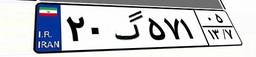
۲۰گ۵۷۱۰۵